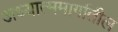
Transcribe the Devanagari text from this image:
अध्यात्ममार्गातील